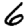
Digit: 6